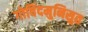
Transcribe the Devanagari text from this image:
गोविंदमुनिसुत